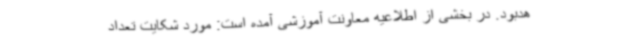
هدبود. در بخشی از اطلاعیه معاونت آموزشی آمده است: مورد شکایت تعداد